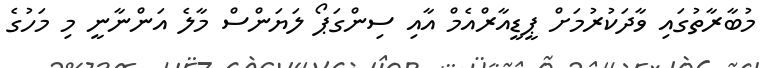
މުބާރާތުގައި ވާދަކުރުމަށް ޕީޑީއާރްއެމް އާއި ސިންގަޕޯ ލަޔަންސް މާލެ އަންނާނީ މި މަހުގެ